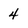
Character: 4